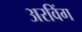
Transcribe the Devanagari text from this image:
अरविंग